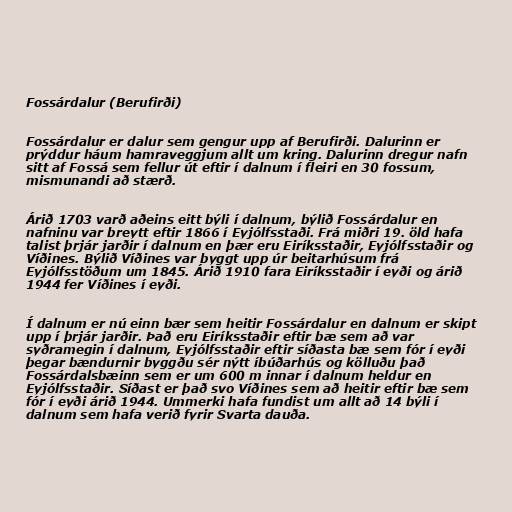
Fossárdalur (Berufirði)

Fossárdalur er dalur sem gengur upp af Berufirði. Dalurinn er
prýddur háum hamraveggjum allt um kring. Dalurinn dregur nafn
sitt af Fossá sem fellur út eftir í dalnum í fleiri en 30 fossum,
mismunandi að stærð.

Árið 1703 varð aðeins eitt býli í dalnum, býlið Fossárdalur en
nafninu var breytt eftir 1866 í Eyjólfsstaði. Frá miðri 19. öld hafa
talist þrjár jarðir í dalnum en þær eru Eiríksstaðir, Eyjólfsstaðir og
Víðines. Býlið Víðines var byggt upp úr beitarhúsum frá
Eyjólfsstöðum um 1845. Árið 1910 fara Eiríksstaðir í eyði og árið
1944 fer Víðines í eyði.

Í dalnum er nú einn bær sem heitir Fossárdalur en dalnum er skipt
upp í þrjár jarðir. Það eru Eiríksstaðir eftir bæ sem að var
syðramegin í dalnum, Eyjólfsstaðir eftir síðasta bæ sem fór í eyði
þegar bændurnir byggðu sér nýtt íbúðarhús og kölluðu það
Fossárdalsbæinn sem er um 600 m innar í dalnum heldur en
Eyjólfsstaðir. Síðast er það svo Víðines sem að heitir eftir bæ sem
fór í eyði árið 1944. Ummerki hafa fundist um allt að 14 býli í
dalnum sem hafa verið fyrir Svarta dauða.